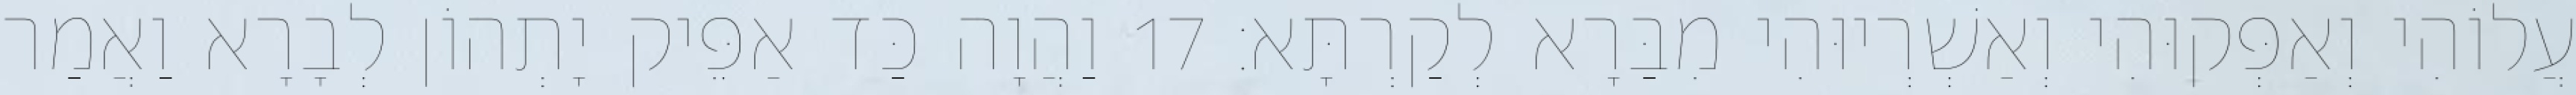
עֲלוֹהִי וְאַפְּקוּהִי וְאַשְׁרְיוּהִי מִבַּרָא לְקַרְתָּא׃ 17 וַהֲוָה כַּד אַפֵּיק יָתְהוֹן לְבָרָא וַאֲמַר